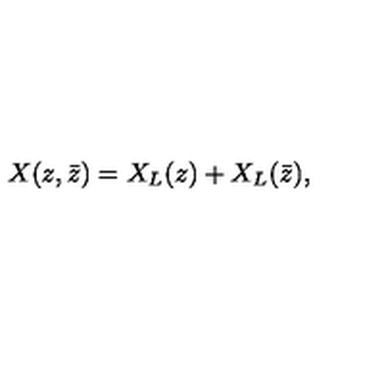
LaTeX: X ( z , \bar { z } ) = X _ { L } ( z ) + X _ { L } ( \bar { z } ) ,